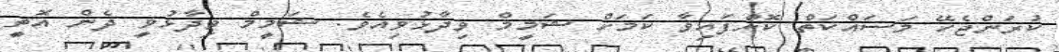
ކުރަންޖެހޭ މަސައްކަތް ކޮށްފައިވާ ކަމަށް ޝަމީމް ވިދާޅުވިއެވެ. ޝަމީމް ވިދާޅުވީ ދެން އޮތީ